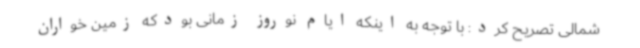
شمالی تصریح کرد: با توجه به اینکه ایام نوروز زمانی بودکه زمین خواران